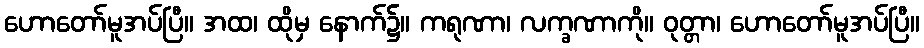
ဟောတော်မူအပ်ပြီ။ အထ၊ ထိုမှ နောက်၌။ ကရုဏာ၊ လက္ခဏာကို။ ဝုတ္တာ၊ ဟောတော်မူအပ်ပြီ။